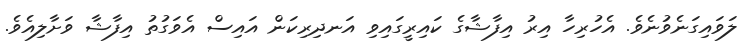
ލަވައިގަނެވުނެވެ. އެހުރިހާ އިރު އިފާޝާގެ ކައިރީގައިވި އަނދިރިކަން އައިސް އެވަގުތު އިފާޝާ ވަށާލިއެވެ.